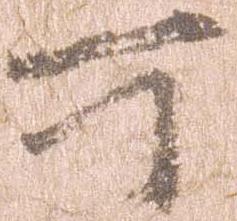
所